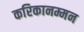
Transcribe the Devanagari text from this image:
करिकानम्मन